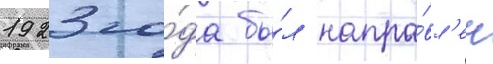
1923 го́да бы́л напра́вл'ен